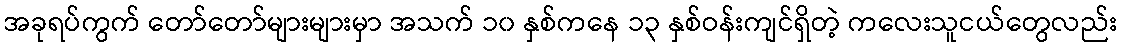
အခုရပ်ကွက် တော်တော်များများမှာ အသက် ၁၀ နှစ်ကနေ ၁၃ နှစ်ဝန်းကျင်ရှိတဲ့ ကလေးသူငယ်တွေလည်း